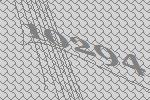
10294